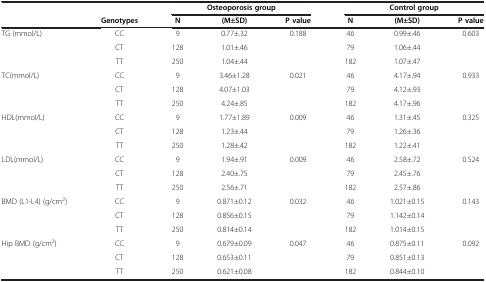
<table><thead><tr><td><b> </b></td><td><b> </b></td><td colspan="3"><b>Osteoporosis group</b></td><td colspan="3"><b>Control group</b></td></tr><tr><td><b> </b></td><td><b>Genotypes</b></td><td><b>N</b></td><td><b>(M±SD)</b></td><td><b>P value</b></td><td><b>N</b></td><td><b>(M±SD)</b></td><td><b>P value</b></td></tr></thead><tbody><tr><td rowspan="3">TG (mmol/L)</td><td>CC</td><td>9</td><td>0.77±.32</td><td rowspan="3">0.188</td><td>46</td><td>0.99±.46</td><td rowspan="3">0.603</td></tr><tr><td>CT</td><td>128</td><td>1.01±.46</td><td>79</td><td>1.06±.44</td></tr><tr><td>TT</td><td>250</td><td>1.04±.44</td><td>182</td><td>1.07±.47</td></tr><tr><td rowspan="3">TC(mmol/L)</td><td>CC</td><td>9</td><td>3.46±1.28</td><td rowspan="3">0.021</td><td>46</td><td>4.17±.94</td><td rowspan="3">0.933</td></tr><tr><td>CT</td><td>128</td><td>4.07±1.03</td><td>79</td><td>4.12±.93</td></tr><tr><td>TT</td><td>250</td><td>4.24±.85</td><td>182</td><td>4.17±.96</td></tr><tr><td rowspan="3">HDL(mmol/L)</td><td>CC</td><td>9</td><td>1.77±1.89</td><td rowspan="3">0.009</td><td>46</td><td>1.31±.45</td><td rowspan="3">0.325</td></tr><tr><td>CT</td><td>128</td><td>1.23±.44</td><td>79</td><td>1.26±.36</td></tr><tr><td>TT</td><td>250</td><td>1.28±.42</td><td>182</td><td>1.22±.41</td></tr><tr><td rowspan="3">LDL(mmol/L)</td><td>CC</td><td>9</td><td>1.94±.91</td><td rowspan="3">0.009</td><td>46</td><td>2.58±.72</td><td rowspan="3">0.524</td></tr><tr><td>CT</td><td>128</td><td>2.40±.75</td><td>79</td><td>2.45±.76</td></tr><tr><td>TT</td><td>250</td><td>2.56±.71</td><td>182</td><td>2.57±.86</td></tr><tr><td rowspan="3">BMD (L1-L4) (g/cm<sup>2</sup>)</td><td>CC</td><td>9</td><td>0.871±0.12</td><td rowspan="3">0.032</td><td>46</td><td>1.021±0.15</td><td rowspan="3">0.143</td></tr><tr><td>CT</td><td>128</td><td>0.856±0.15</td><td>79</td><td>1.142±0.14</td></tr><tr><td>TT</td><td>250</td><td>0.814±0.14</td><td>182</td><td>1.014±0.15</td></tr><tr><td rowspan="3">Hip BMD (g/cm<sup>2</sup>)</td><td>CC</td><td>9</td><td>0.679±0.09</td><td rowspan="3">0.047</td><td>46</td><td>0.875±0.11</td><td rowspan="3">0.092</td></tr><tr><td>CT</td><td>128</td><td>0.653±0.11</td><td>79</td><td>0.851±0.13</td></tr><tr><td>TT</td><td>250</td><td>0.621±0.08</td><td>182</td><td>0.844±0.10</td></tr></tbody></table>